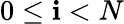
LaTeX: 0\leq\mathbf{i}<N